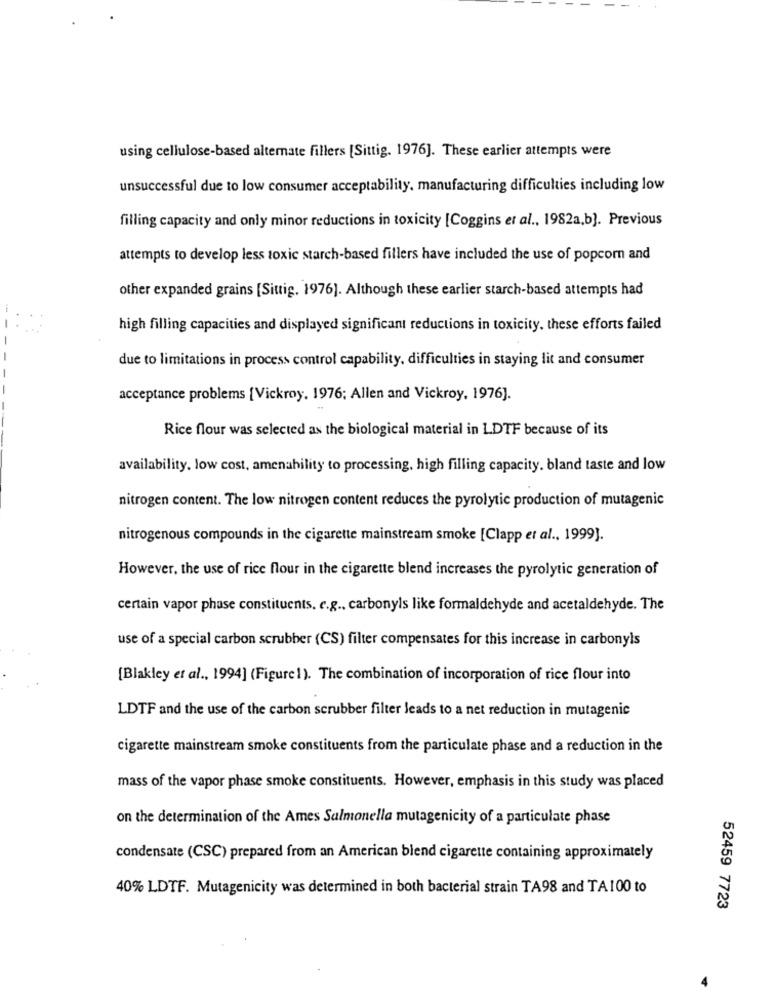
using cellulose-based alternate fillers [Sittig. 1976]. These earlier attempts were
unsuccessful due to low consumer acceptability. manufacturing difficulties including low
filling capacity and only minor reductions in toxicity [Coggins et al ., 1982a,b]. Previous
attempts to develop less toxic starch-based fillers have included the use of popcorn and
other expanded grains [Sittig. 1976). Although these earlier starch-based attempts had
high filling capacities and displayed significant reductions in toxicity. these efforts failed
due to limitations in process control capability, difficulties in staying lit and consumer
acceptance problems [Vickroy. 1976; Allen and Vickroy, 1976].
Rice flour was selected as the biological material in LDTF because of its
availability, low cost, amenability to processing, high filling capacity. bland taste and low
nitrogen content. The low nitrogen content reduces the pyrolytic production of mutagenic
nitrogenous compounds in the cigarette mainstream smoke [Clapp et al ., 1999].
However, the use of rice flour in the cigarette blend increases the pyrolytic generation of
certain vapor phase constituents. e.g ., carbonyls like formaldehyde and acetaldehyde. The
use of a special carbon scrubber (CS) filter compensates for this increase in carbonyls
[Blakley et al ., 1994] (Figure1). The combination of incorporation of rice flour into
LDTF and the use of the carbon scrubber filter leads to a net reduction in mutagenic
cigarette mainstream smoke constituents from the particulate phase and a reduction in the
mass of the vapor phase smoke constituents. However, emphasis in this study was placed
on the determination of the Ames Salmonella mutagenicity of a particulate phase
condensate (CSC) prepared from an American blend cigarette containing approximately
40% LDTF. Mutagenicity was determined in both bacterial strain TA98 and TA100 to
52459 7723